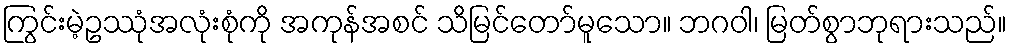
ကြွင်းမဲ့ဥဿုံအလုံးစုံကို အကုန်အစင် သိမြင်တော်မူသော။ ဘဂဝါ၊ မြတ်စွာဘုရားသည်။